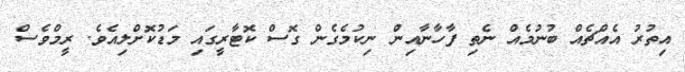
އިތުރު އެއްޗެއް ބުނުމެއް ނެތި ފާހާނާއިން ނިކުމެގެން ގޮސް ކޮޓާރީގައި މަޑުކޮށްލިއެވެ. ރީމްވެސް